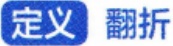
定义 翻折